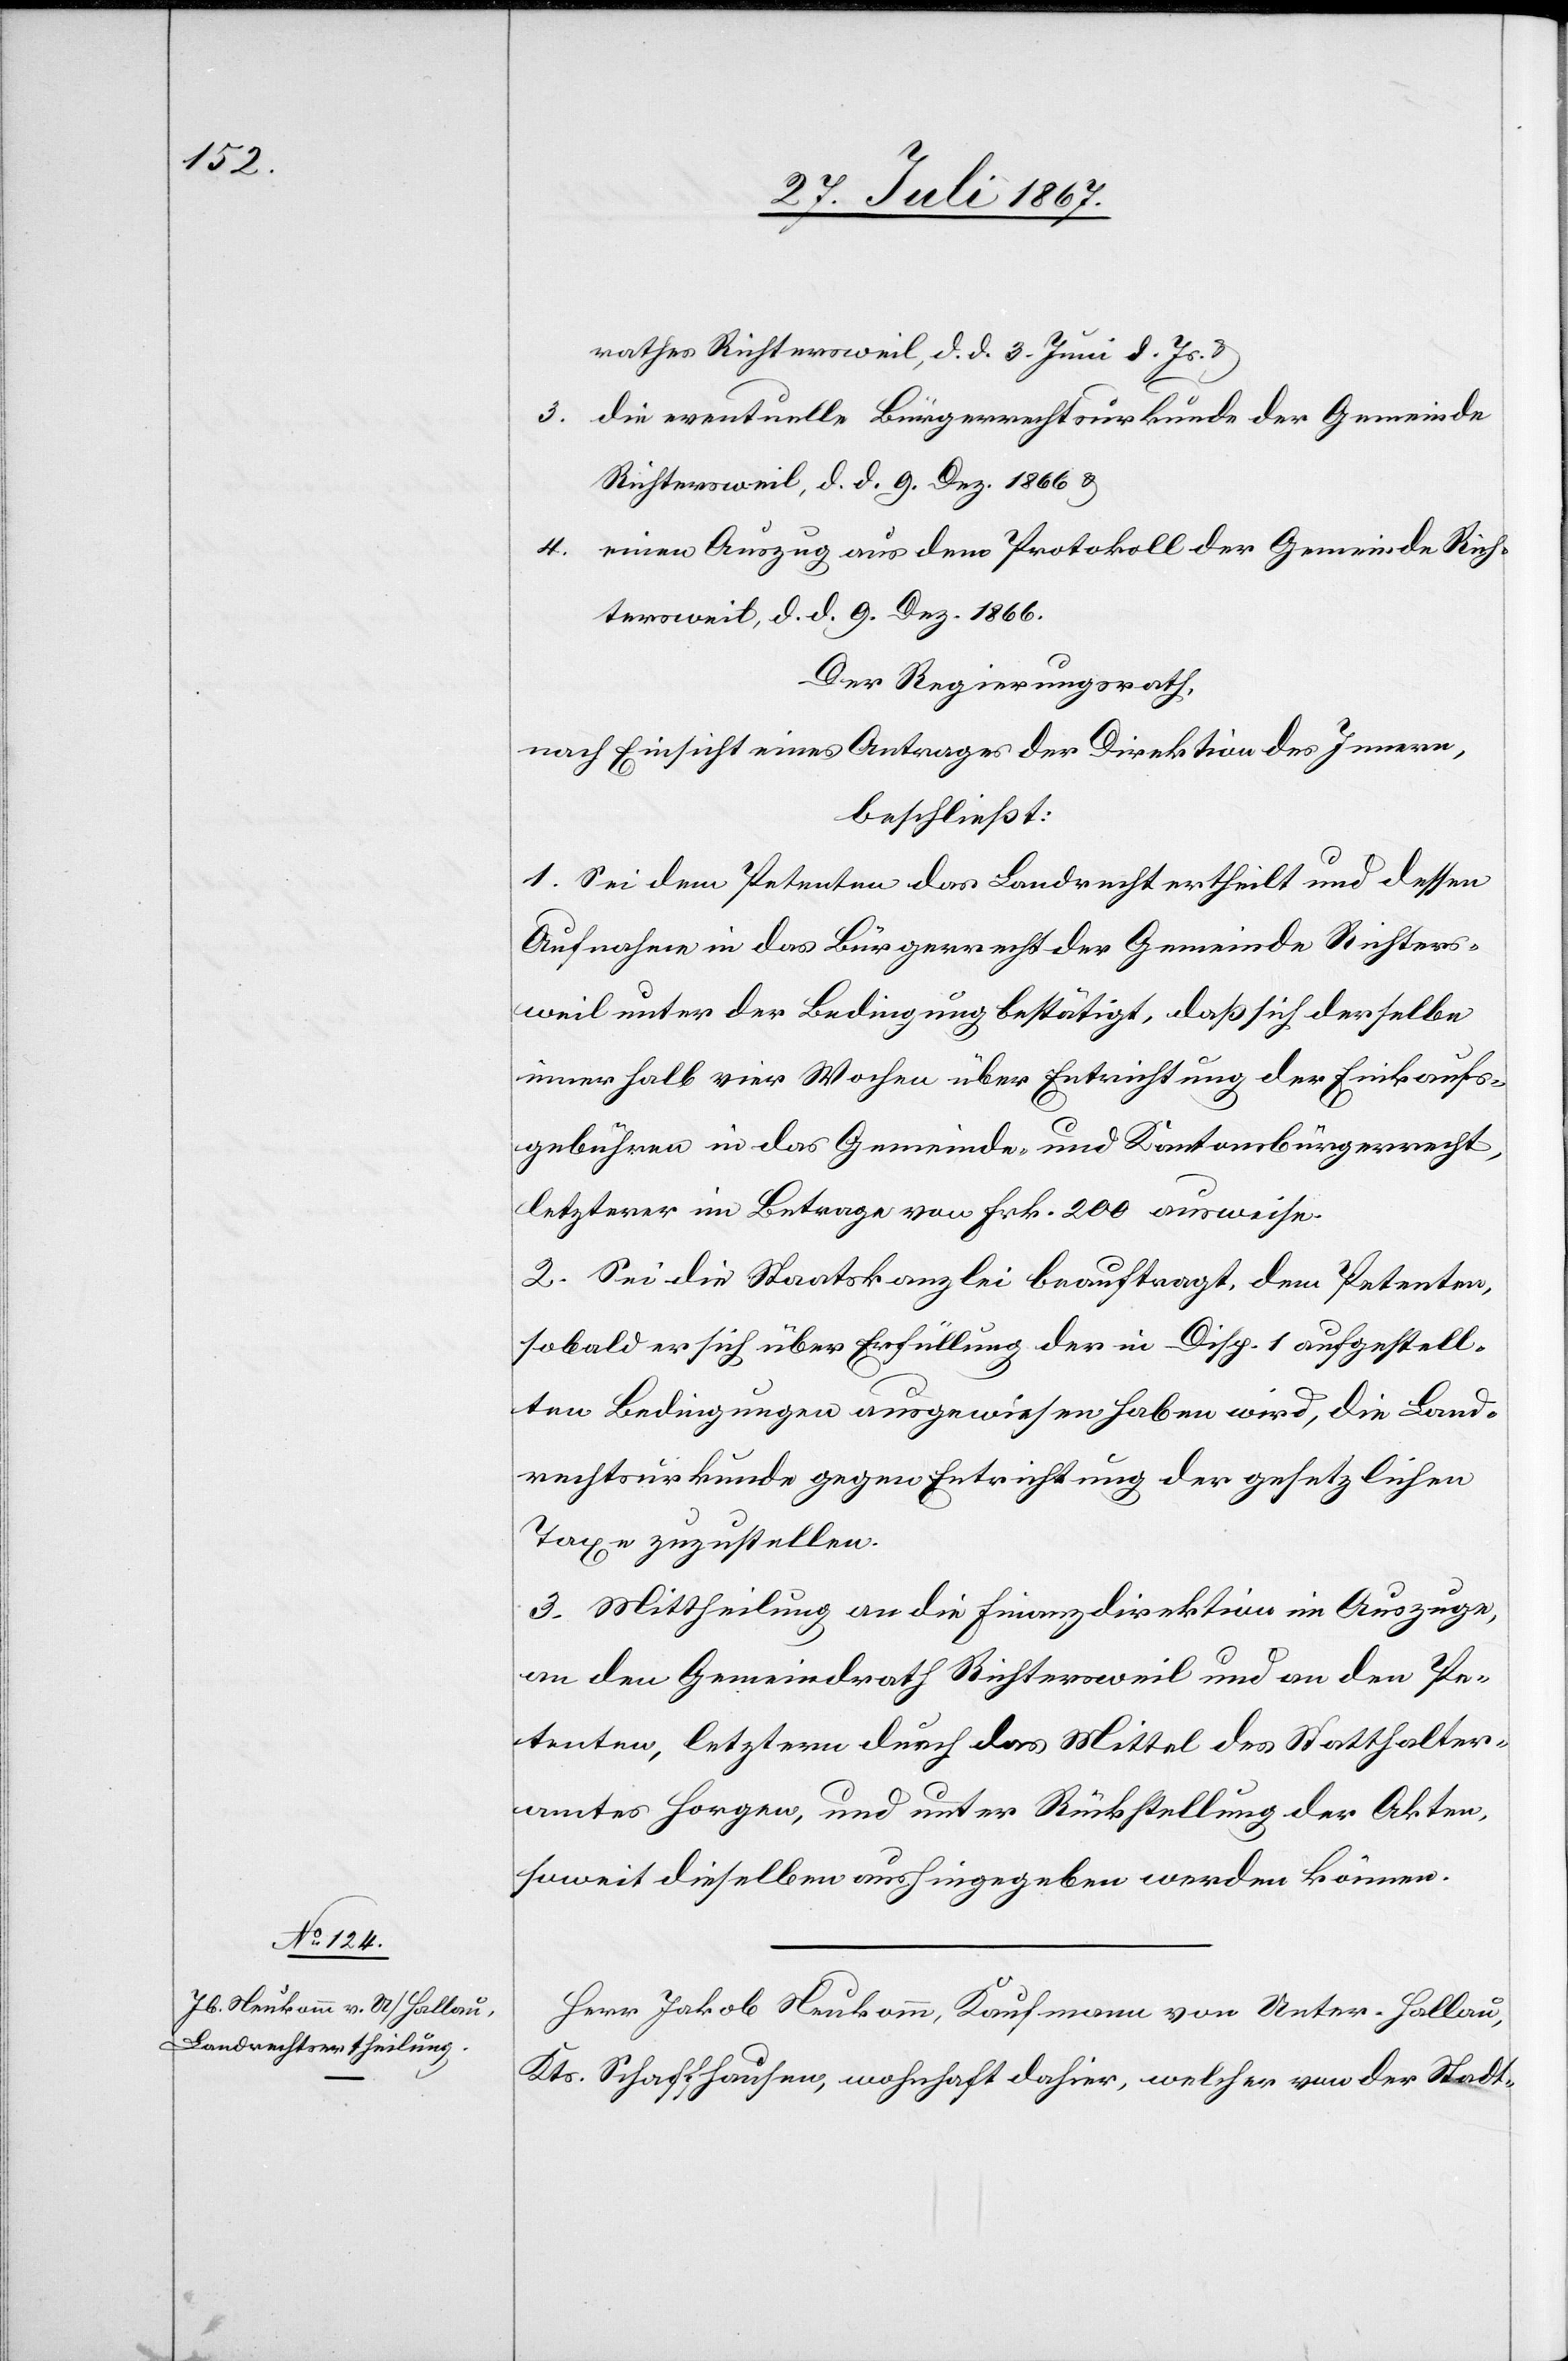
rathes Richtersweil, d. d. 3. Juni d. Js. u.
3.
die eventuelle Bürgerrechtsurkunde der Gemeinde
Richtersweil, d. d. 9. Dez. 1866 u.
4.
einen Auszug aus dem Protokoll der Gemeinde Rich¬
tersweil, d. d. 9. Dez. 1866.
Der Regierungsrath,
nach Einsicht eines Antrages der Direktion des Innern,
beschließt:
1. Sei dem Petenten das Landrecht ertheilt und dessen
Aufnahme in das Bürgerrecht der Gemeinde Richters¬
weil unter der Bedingung bestätigt, daß sich derselbe
innerhalb vier Wochen über Entrichtung der Einkaufs¬
gebühren in das Gemeinde- und Kantonsbürgerrecht,
letzterer im Betrage von Frk. 200 ausweise.
2. Sei die Staatskanzlei beauftragt, dem Petenten,
sobald er sich über Erfüllung der in Disp. 1 aufgestell¬
ten Bedingungen ausgewiesen haben wird, die Land¬
rechtsurkunde gegen Entrichtung der gesetzlichen
Taxe zuzustellen.
3. Mittheilung an die Finanzdirektion im Auszuge,
an den Gemeindrath Richtersweil und an den Pe¬
tenten, letztern durch das Mittel des Statthalter¬
amtes Horgen, und unter Rückstellung der Akten,
soweit dieselben aushingegeben werden können.
Herr Jakob Neukomm, Kaufmann von Unter-Hallau,
Kts. Schaffhausen., wohnhaft dahier, welcher von der Stadt-